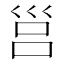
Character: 𡿷